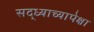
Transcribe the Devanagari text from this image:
सद्ध्याच्यापेक्षा